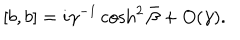
[ b , b ] = i \gamma ^ { - 1 } \cosh ^ { 2 } \bar { \beta } + O ( \gamma ) .